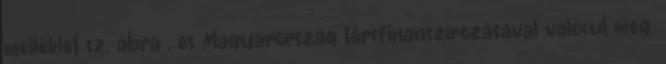
melléklet sz. ábra , és Magyarország társfinanszírozásával valósul meg.